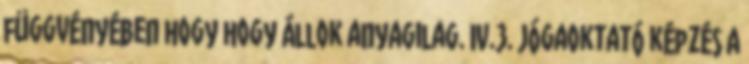
függvényében hogy hogy állok anyagilag. IV.3. Jógaoktató képzés A